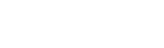
အဒိဋ္ဌသဟာယော